Indian journal of veterinary science and animal husbandry - Volume 13,
Year: 1943
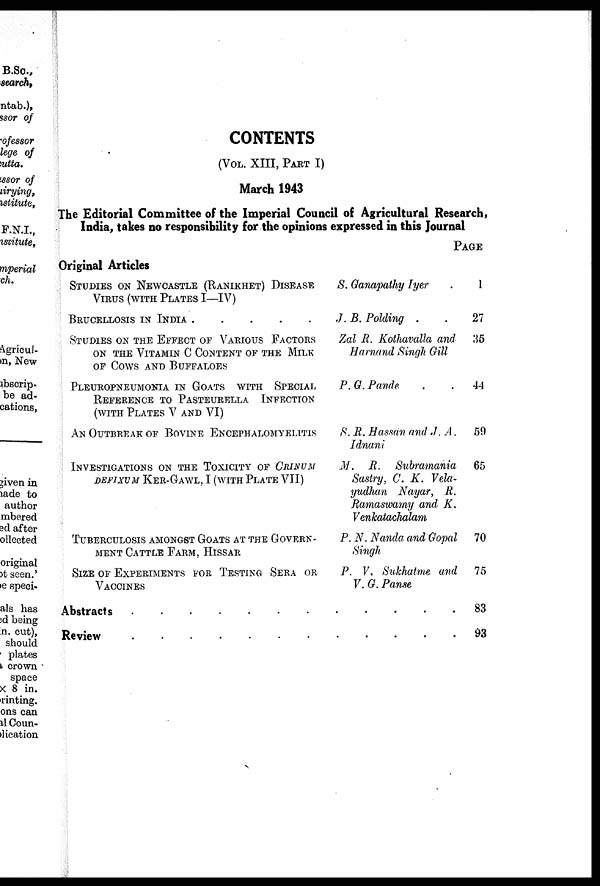
CONTENTS
(VOL. XIII, PART I)
March 1943
The Editorial Committee of the Imperial Council of Agricultural Research,
India, takes no responsibility for the opinions expressed in this Journal
Original Articles
STUDIES ON NEWCASTLE (RANIKHET) DISEASE
VIRUS (WITH PLATES I—IV)
BRUCELLOSIS IN INDIA . . . . .
STUDIES ON THE EFFECT OF VARIOUS FACTORS
ON THE VITAMIN C CONTENT OF THE MILK
OF COWS AND BUFFALOES
PLEUROPNEUMONIA IN GOATS WITH SPECIAL
REFERENCE TO PASTEURELLA INFECTION
(WITH PLATES V AND VI)
AN OUTBREAKS OF BOVINE ENCEPHALOMYELITIS
INVESTIGATIONS ON THE TOXIVITY OF CRINUM
DEFIXUM KER-GAWL, I (WITH PLATE VII)
TUBERCULOSIS AMONGST GOATS AT THE GOVERN-
MENT CATTLE FARM, HISSAR
SIZE OF EXPERIMENTS FOR TESTING SERA OR
VACCINES
S. Ganapathy Iyer .
J. B. Polding . .
Zal R. Kothavalla and
Harnand Singh Gill
P. G. Pande . .
S. R. Hassan and J. A .
Idnani
M. R.
Subramania
Sastry, C. K. Vela¬
yudhan Nayar, R.
Ramaswamy and K.
Venkatachalam
P.N. Nanda. and Gopal
Singh
P. V. Sukhatme and
V. G. Panse
Abstracts . . . . . . . . . . . . . . .
Review
.
.
.
.
.
.
.
.
.
.
.
.
.
.
.
.
PAGE
1
27
35
44
59
65
70
75
83
93